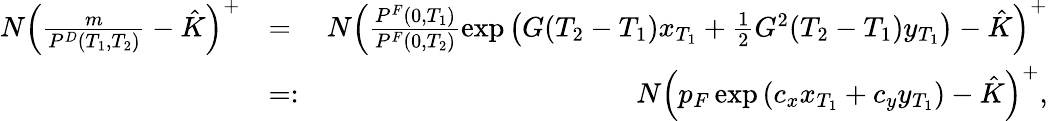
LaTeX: \begin{array}{rlr}{N\left(\frac{m}{P^{D}(T_{1},T_{2})}-\hat{K}\right)^{+}}&{=}&{N\left(\frac{P^{F}(0,T_{1})}{P^{F}(0,T_{2})}\exp\left(G(T_{2}-T_{1})x_{T_{1}}+\frac{1}{2}G^{2}(T_{2}-T_{1})y_{T_{1}}\right)-\hat{K}\right)^{+}}\\ &{=:}&{N\left(p_{F}\exp\left(c_{x}x_{T_{1}}+c_{y}y_{T_{1}}\right)-\hat{K}\right)^{+},}\end{array}